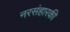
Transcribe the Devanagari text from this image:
नरसंहारकी